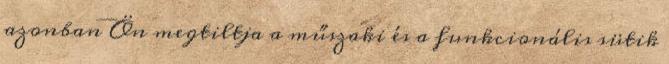
azonban Ön megtiltja a műszaki és a funkcionális sütik